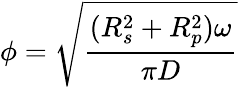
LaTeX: \phi=\sqrt{\frac{(R_{s}^{2}+R_{p}^{2})\omega}{\pi D}}